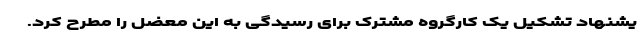
یشنهاد تشکیل یک کارگروه مشترک برای رسیدگی به این معضل را مطرح کرد.